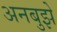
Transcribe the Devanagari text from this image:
अनबुझे